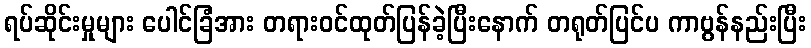
ရပ်ဆိုင်းမှုများ ပေါင်ခြံအား တရားဝင်ထုတ်ပြန်ခဲ့ပြီးနောက် တရုတ်ပြင်ပ ကာဗွန်နည်းပြီး